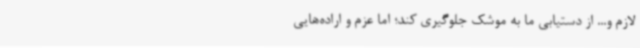
لازم و... از دستیابی ما به موشک جلوگیری کند؛ اما عزم و اراده‌هایی